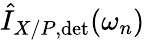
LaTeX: \hat{I}_{X/P,\mathrm{det}}(\omega_{n})